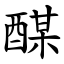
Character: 䤂